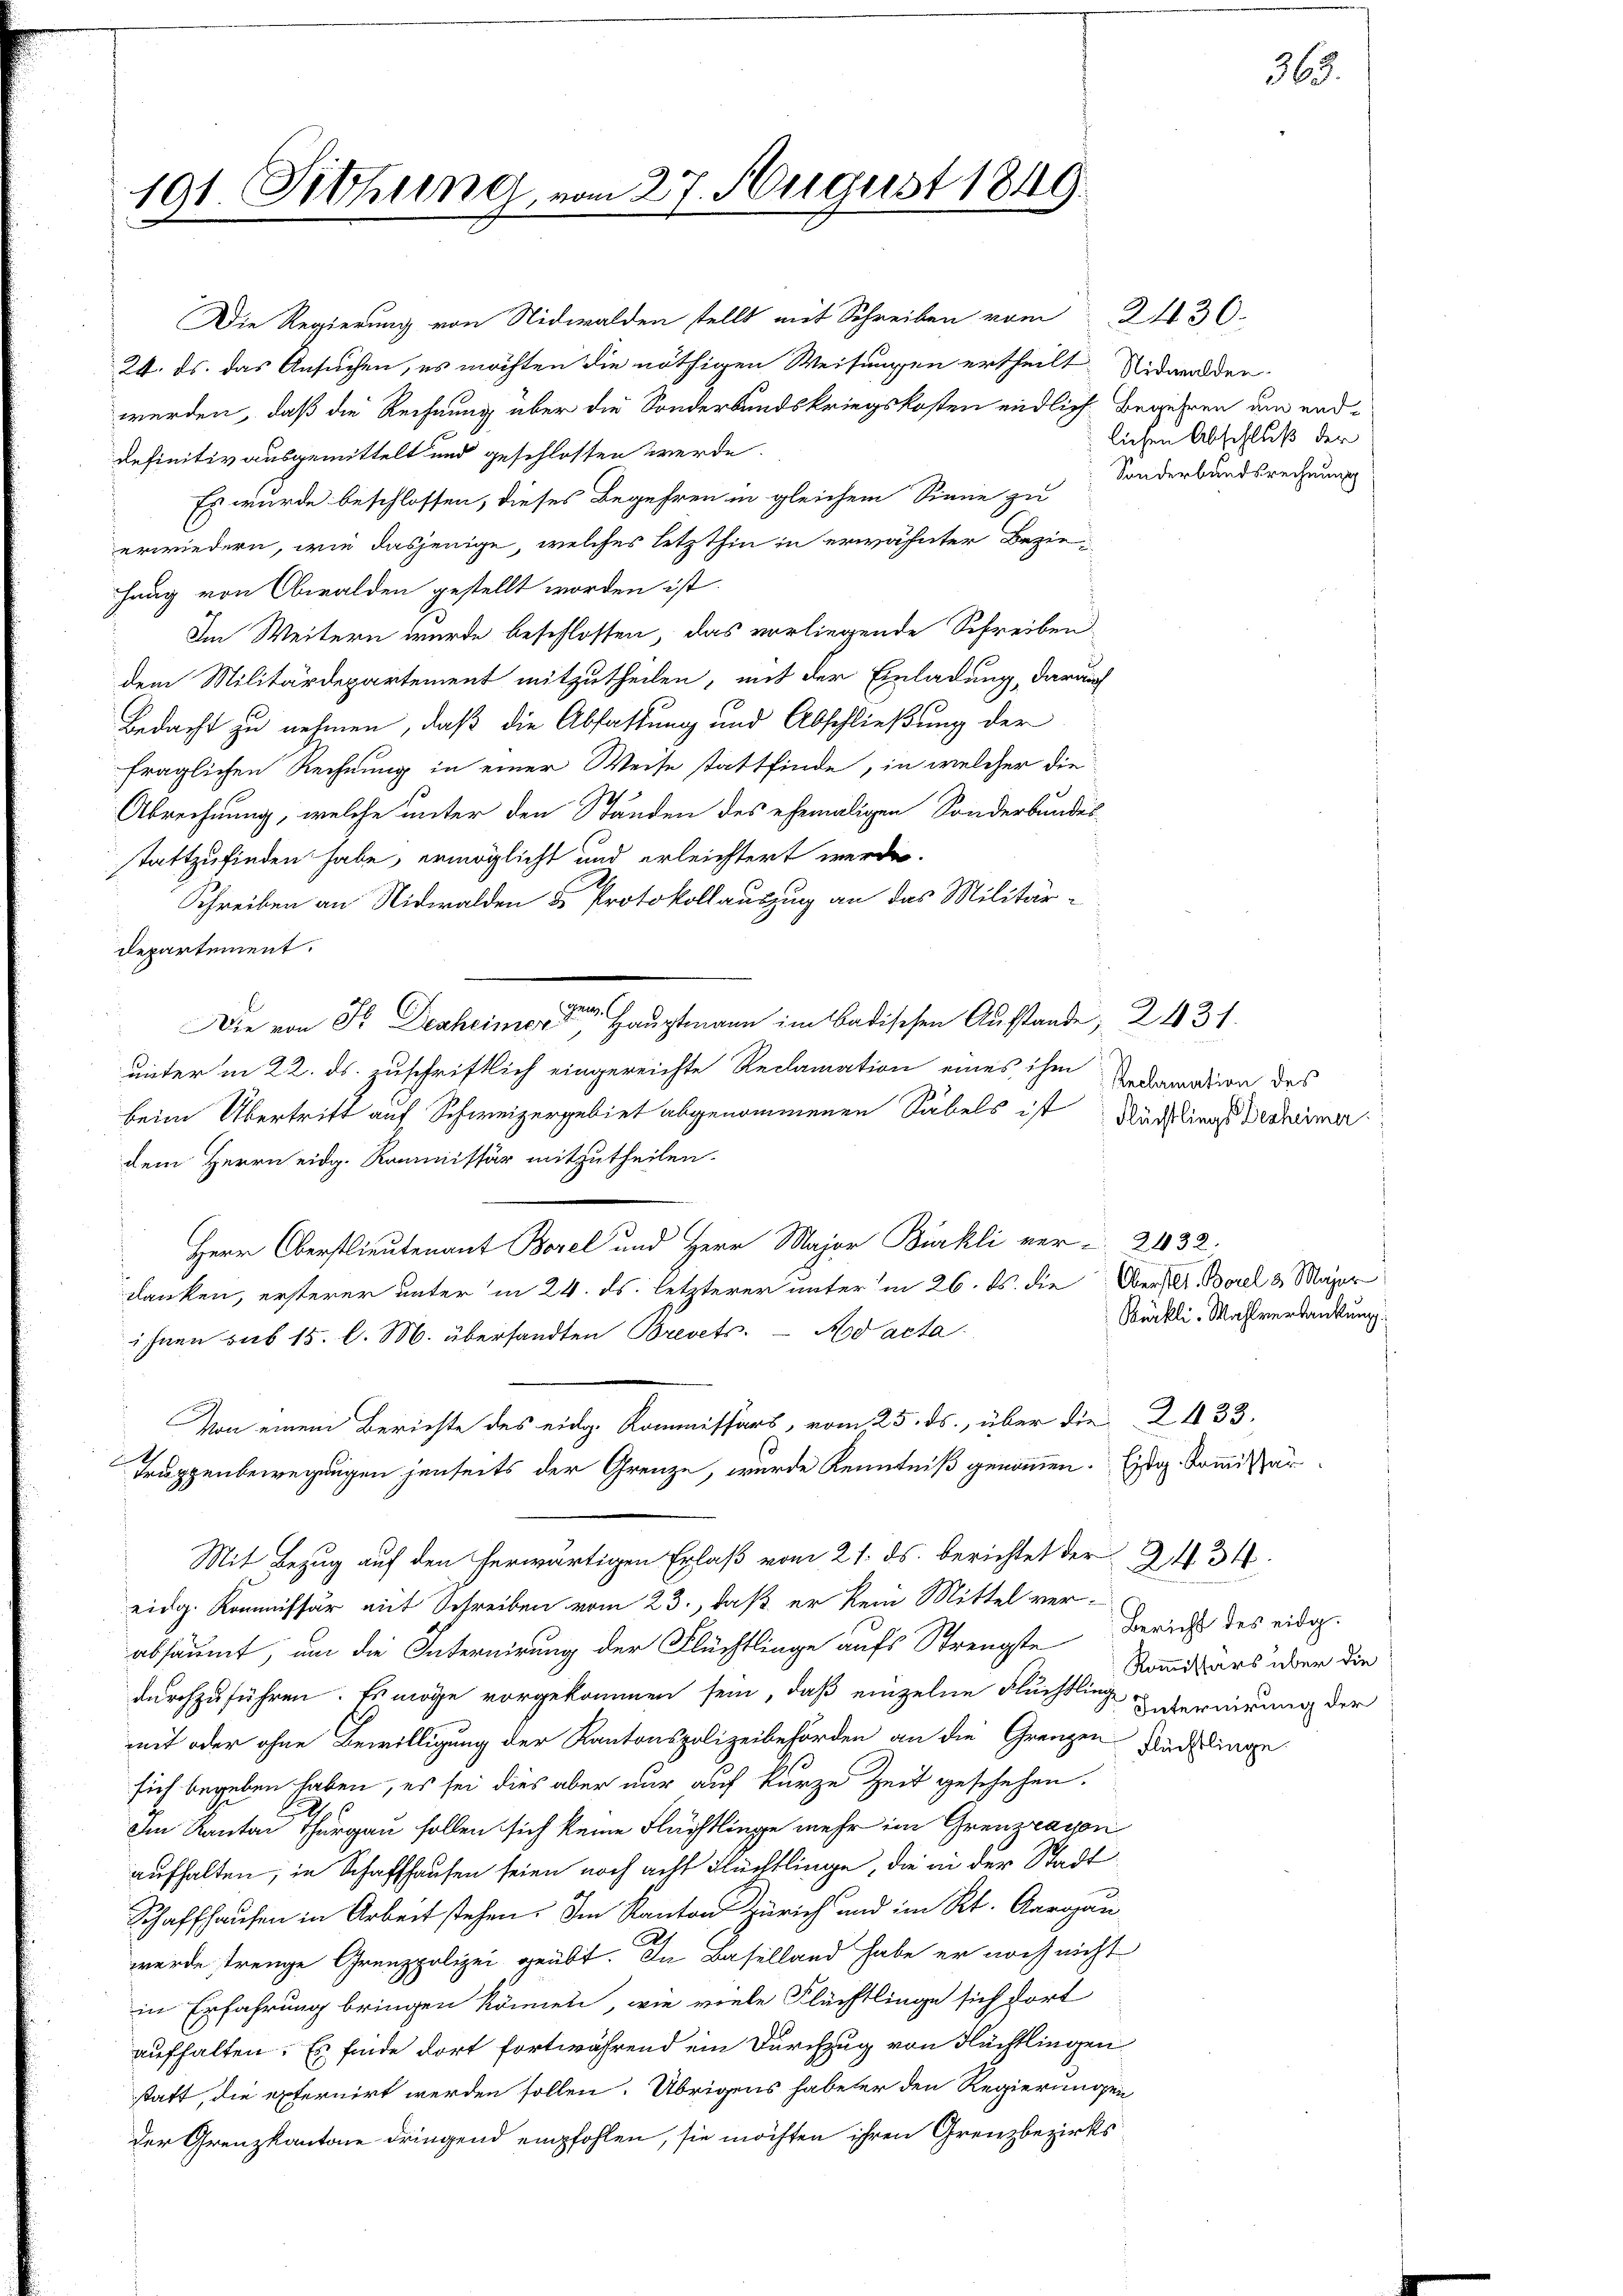
191. Sitzung, vo

24. ds. das Ansuchen, es möchten die nöthigen Weisungen ertheilt. Nidwalden
werden, daß die Rechnung über die Sonderbundskriegskosten endliche Begehren am enddefinitiv ausgemittelt und geschlossen werde.
Es wurde beschlossen, dieses Begehren in gleichem Sinne zu
erwiedern, wie dasjenige, welches letzthin in erwähnter Beziefang von Obwalden gestellt worden ist.
Im Weitern wurde beschlossen, das vorliegende Schreiben
dem Militärdepartement mitzutheilen, mit der Einladung, darauf
Bedacht zu nehmen, daß die Abfassung und Abschließung der
fraglichen Rechnung in einer Weise stattfinde, in welcher die
Abrechnung, welche unter den Ständen des ehemaligen Sonderbundes-
stattzufinden habe, ermöglicht und erleichtert werde.
Schreiben an Nidwalden u Protokollauszug an das Militärdepartement.
Ge
Die von Sr. Desheimer, Hauptmann im Badischen Ausstande 2431.
unter in 22. ds. zuschriftlich eingereichte Reclamation eines ihm Redamation des
beim Übertritt auf Schweizergebiet abgenommenen Säbels ist
dem Herrn eidg. Kommissär mitzutheilen.
Herr Oberstlieutenant Borel und Herr Major Bürkli vor u. 2032.
danken, ersterer unter in 24. ds. letzterer unter in 26. ds. die Obers A. Borel 8 Mayer
ihnen sub 15. l. M. übersandten Brevets. Ad acta
Von einem Berichte des eidg. Kommissärs, vom 25. ds., über die¬
.
Truppenbewegungen jenseits der Grenze, wurde Kenntniß genommen. Eidg. Kommißär
Mit Bezug auf den herwärtigen Erlaß vom 21. ds. berichtet der
eidg. Kommissär mit Schreiben vom 23., daß er kein Mittel ver-
absäumt, um die Internirung der Flüchtlinge aufs Strengste Bericht des eidg.
durchzuführen. Es möge vorgekommen sein, daß einzelne Flüchtling
mit oder ohne Bewilligung der Kantonspolizeibehörden an die Grenzen
sich begeben haben, es sei dies aber nur auf kurze Zeit geschehen.
am Kanton Thurgau sollen sich keine Flüchtlinge mehr im Grenzcason
aufhalten, in Schaffhausen seien noch acht Flüchtlinge, die in der Stadt¬
Schaffhausen in Arbeit stehen. Im Kanton Zürich und im Kt. Aargau
wurde trenge Grenzpolizei geübt. In Baselland habe er noch nicht
in Erfahrung bringen können, wie viele Flüchtlinge sich dort
aufhalten. Es finde dort fortwährend ein Durchzug von Flüchtlingen
statt, die externirt werden sollen. Übrigens habeter den Regierungen
der Grenzkantone dringend empfohlen, sie möchten ihren Grenzbezirks

Die Regierung von Nidwalden stellt mit Schreiben vom

27. August 1849.

lichen Abschluß der
Sonderbandsrechnung

2430.

363.

Flüchtlings Desheimer.

Bürkli-Wahlverdankung:
2433.

Kommissärs über die
Internirung der
Flüchtlinge.

2434